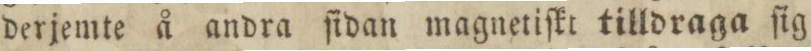
derjemte å andra ſidan magnetiſkt tilldraga ſig